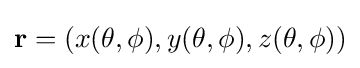
\mathbf {r} =(x(\theta ,\phi ),y(\theta ,\phi ),z(\theta ,\phi ))